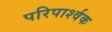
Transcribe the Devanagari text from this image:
परिपार्श्वक